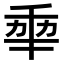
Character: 𠡦